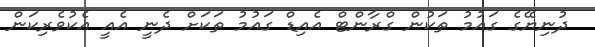
ދުނިޔޭގެ ގައުމު ތަކުން ގްރާންޓް އެއިޑް ގައުމު ތަކަށް ދެނީ އެއީ އެކުވެރިކަން